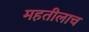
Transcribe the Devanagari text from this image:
महतीलाच